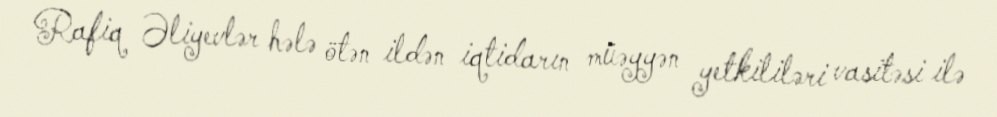
Rafiq Əliyevlər hələ ötən ildən iqtidarın müəyyən yetkililəri vasitəsi ilə